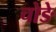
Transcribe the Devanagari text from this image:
चोङे